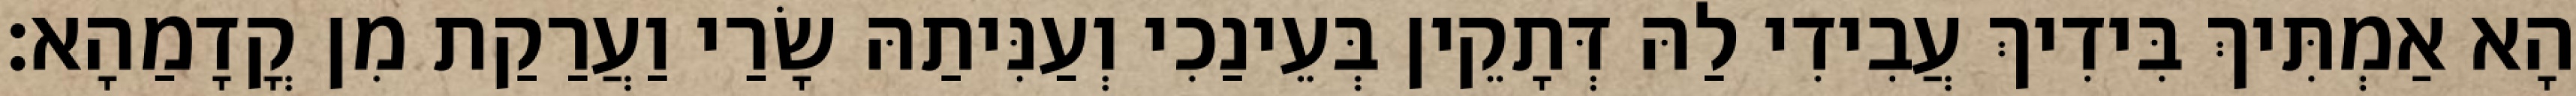
הָא אַמְתִּיךְ בִּידִיךְ עֲבִידִי לַהּ דְּתָקֵין בְּעֵינַכִי וְעַנִּיתַהּ שָׂרַי וַעֲרַקַת מִן קֳדָמַהָא׃